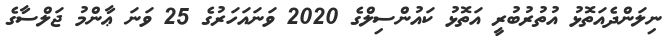
ނިލަންދެއަތޮޅު އުތުރުބުރީ އަތޮޅު ކައުންސިލްގެ 2020 ވަނައަހަރުގެ 25 ވަނަ ޢާންމު ޖަލްސާގެ